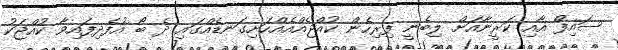
ސައިފް އާއި ކަރީނާއަށް ލިބެނީ ފިރިހެން ކުއްޖެއްއެއްހަށިގަނޑެއްގައި ދެ ބޯ އުފެދިފައިވާ ކުއްޖަކު